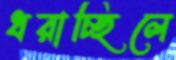
ধরাচ্ছিলে